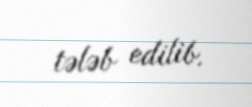
tələb edilib.